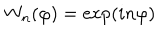
W _ { n } ( \varphi ) = \exp ( i n \varphi )